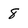
Character: 8